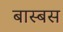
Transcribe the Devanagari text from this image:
बास्बस